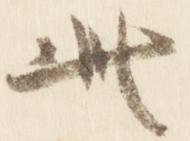
此